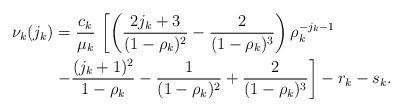
LaTeX: \begin{align*}\nu_k(j_k) & = \frac{c_{k}}{\mu _{k}} \, \left[\left(\frac{2j_{k}+3}{(1-\rho_k)^2} -\frac{2}{(1-\rho _{k})^3}\right) \rho _{k}^{-j_k-1} \right.\\& \left. - \frac{(j_{k}+1)^{2}}{1-\rho_k} -\frac{1}{(1-\rho_k)^2} +\frac{2}{(1-\rho _{k})^3}\right] - r_k - s_k. \end{align*}